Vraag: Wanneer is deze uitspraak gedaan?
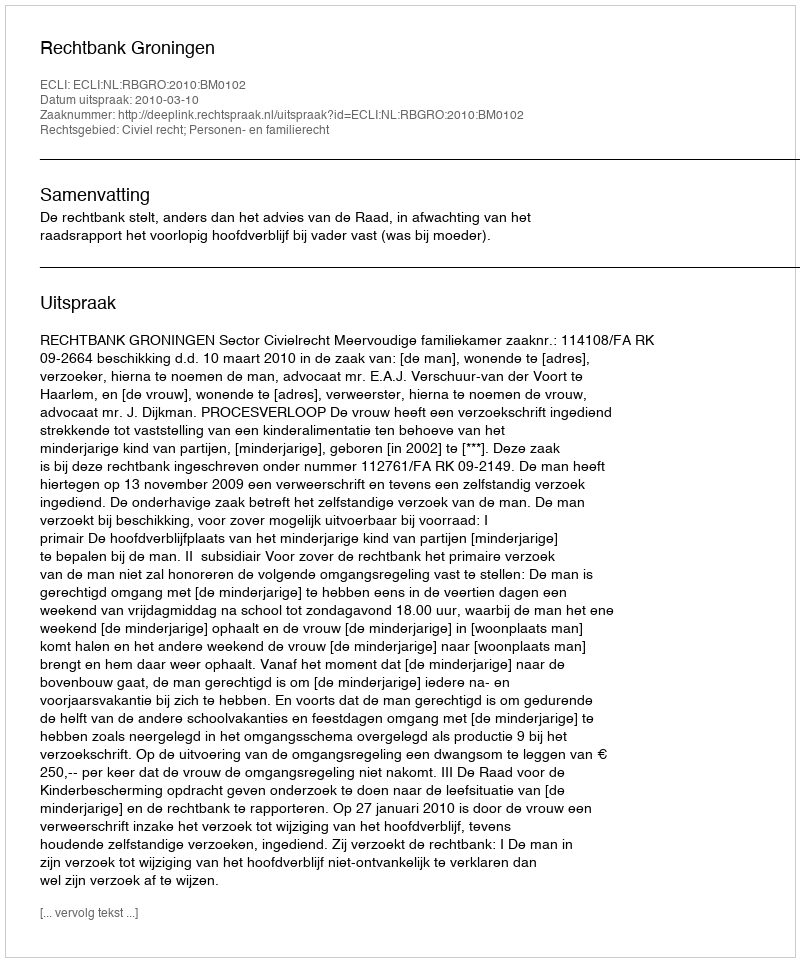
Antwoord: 2010-03-10